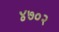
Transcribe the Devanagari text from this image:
४७०२